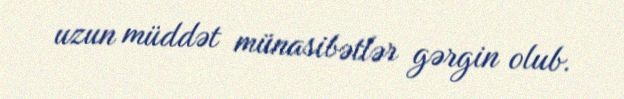
uzun müddət münasibətlər gərgin olub.